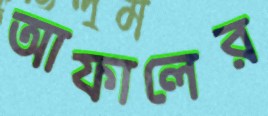
আফালের